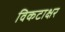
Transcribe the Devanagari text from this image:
विकटाक्षर